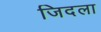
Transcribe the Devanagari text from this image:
जिदला